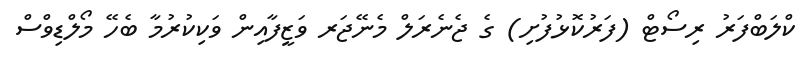
ކްލަބްފަރު ރިސޯޓް (ފަރުކޮޅުފުށި) ގެ ޖެނެރަލް މެނޭޖަރ ވަޒީފާއިން ވަކިކުރުމާ ބެހޭ މޯލްޑިވްސް